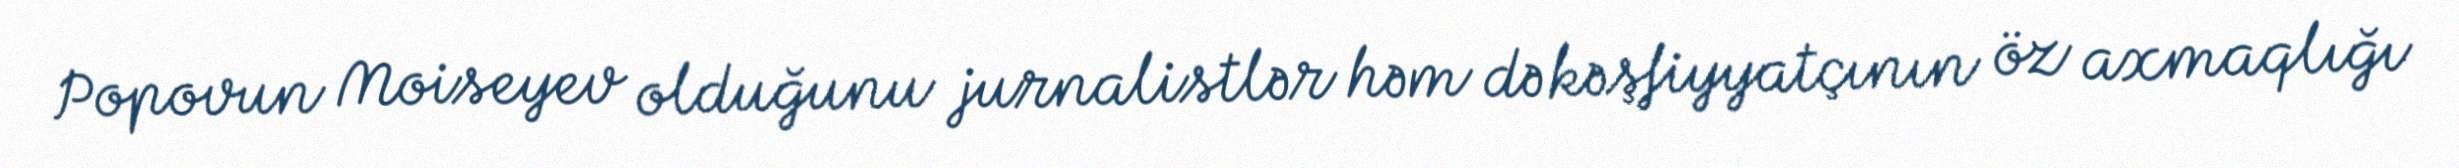
Popovun Moiseyev olduğunu jurnalistlər həm də kəşfiyyatçının öz axmaqlığı